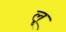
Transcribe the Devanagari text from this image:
लृ्